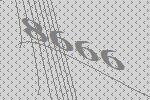
8666